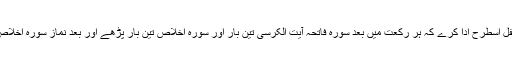
( ۴) ۴ رکعت نمازِ نفل اسطرح ادا کرے کہ ہر رکعت میں بعد سورہ فاتحہ آیت الکرسی تین بار اور سورہ اخلاص تین بار پڑھے اور بعد نماز سورہ اخلاص (۱۰۰) بار پڑھے ۔